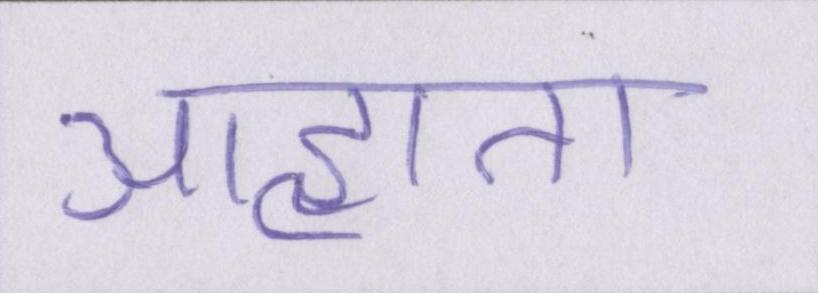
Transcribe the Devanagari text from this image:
आहाता